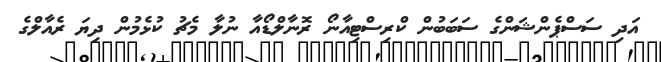
އަދި ސަސްޕެންޝަންގެ ސަބަބުން ކްރިސްޓިއާނޯ ރޮނާލްޑޯއާ ނުލާ މެޗު ކުޅެމުން ދިޔަ ރެއާލްގެ